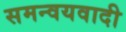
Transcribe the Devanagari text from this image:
समन्‍वयवादी